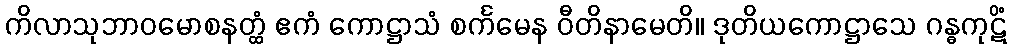
ကိလာသုဘာဝမောစနတ္ထံ ဧကံ ကောဋ္ဌာသံ စင်္ကမေန ဝီတိနာမေတိ။ ဒုတိယကောဋ္ဌာသေ ဂန္ဓကုဋိံ